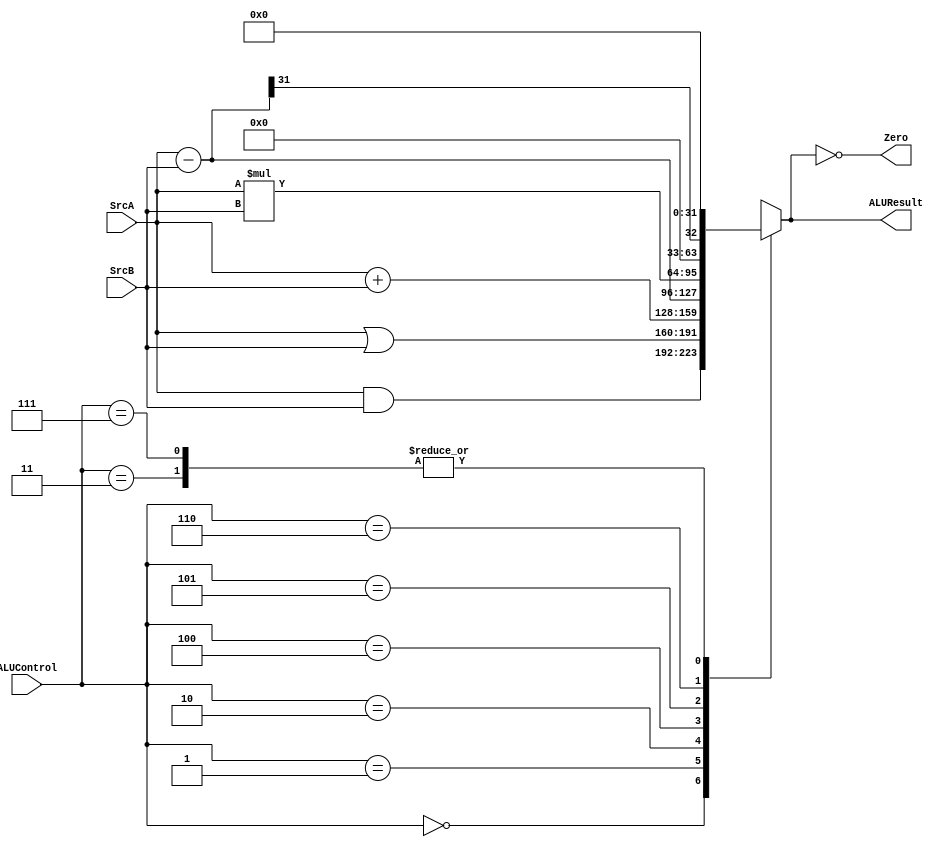
module alu_mipss #(parameter DATA_SIZE=32)
(
 input   wire  [DATA_SIZE-1:0] SrcA,
 input   wire  [DATA_SIZE-1:0] SrcB,
 input   wire  [2:0]           ALUControl,
 output  wire                   Zero,

 output  reg  [DATA_SIZE-1:0] ALUResult
);


always@(*)
  begin
    case(ALUControl)
      3'b000: ALUResult=SrcA&SrcB;
      3'b001: ALUResult=SrcA|SrcB;
      3'b010: ALUResult=SrcA+SrcB;
      3'b011: ALUResult='b0;
      3'b100: ALUResult=SrcA-SrcB;
      3'b101: ALUResult=SrcA*SrcB;
      //3'b110: ALUResult=(SrcA<SrcB)? 1:0;
      3'b110: ALUResult=((SrcA-SrcB))>>(DATA_SIZE-1);
      3'b111: ALUResult='b0;
      default: ALUResult='b0;
    endcase
  end
  
  assign Zero=(ALUResult=='b0);
endmodule